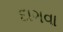
દાગવા